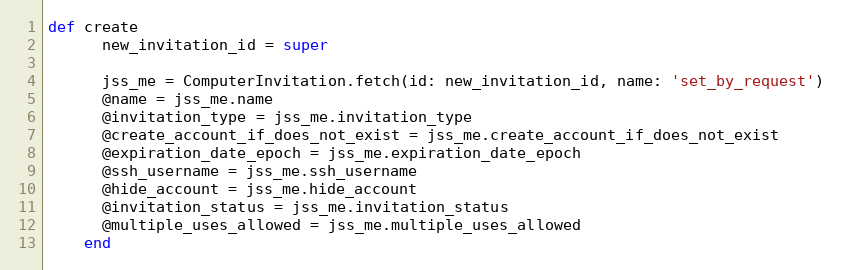
Language: Ruby
def create
      new_invitation_id = super

      jss_me = ComputerInvitation.fetch(id: new_invitation_id, name: 'set_by_request')
      @name = jss_me.name
      @invitation_type = jss_me.invitation_type
      @create_account_if_does_not_exist = jss_me.create_account_if_does_not_exist
      @expiration_date_epoch = jss_me.expiration_date_epoch
      @ssh_username = jss_me.ssh_username
      @hide_account = jss_me.hide_account
      @invitation_status = jss_me.invitation_status
      @multiple_uses_allowed = jss_me.multiple_uses_allowed
    end